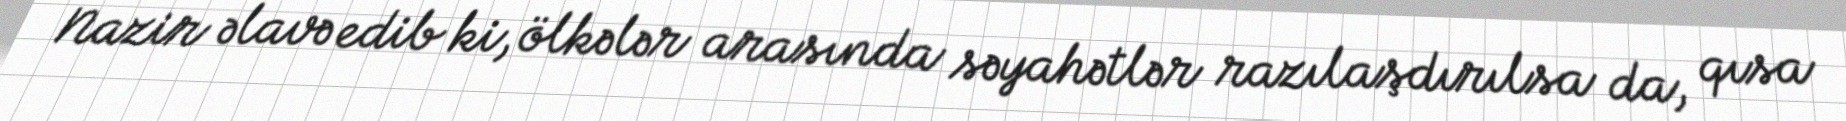
Nazir əlavə edib ki, ölkələr arasında səyahətlər razılaşdırılsa da, qısa